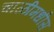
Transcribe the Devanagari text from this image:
चाळीमधीस